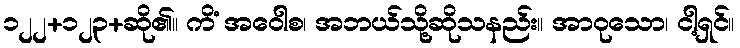
၁၂၂+၁၂၃+ဆို၏။ ကိံ အဝေါစ၊ အဘယ်သို့ဆိုသနည်း။ အာဝုသော၊ ငါ့ရှင်။